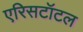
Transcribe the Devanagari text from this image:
एरिसटॉटल